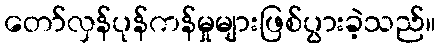
တော်လှန်ပုန်ကန်မှုများဖြစ်ပွားခဲ့သည်။